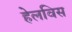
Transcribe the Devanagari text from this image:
हेलविस